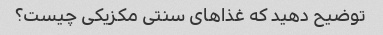
توضیح دهید که غذاهای سنتی مکزیکی چیست؟